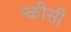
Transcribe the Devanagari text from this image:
न्कीसी